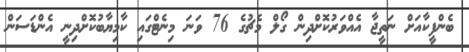
ބެންފީކާއަށް ނަތީޖާ އެއްވަރުކޮށްދިން ގޯލް މެޗުގެ 76 ވަނަ މިނެޓްގައި ކާމިޔާބުކޮށްދިނީ އެންޑަސަން